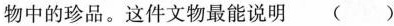
物中的珍品。这件文物最能说明()